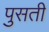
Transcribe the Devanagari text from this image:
पुसती